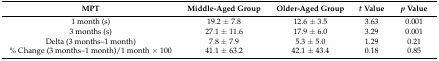
<table><thead><tr><td><b>MPT</b></td><td><b>Middle-Aged Group</b></td><td><b>Older-Aged Group</b></td><td><b><i>t</i> Value</b></td><td><b><i>p</i> Value</b></td></tr></thead><tbody><tr><td>1 month (s)</td><td>19.2 ± 7.8</td><td>12.6 ± 3.5</td><td>3.63</td><td>0.001</td></tr><tr><td>3 months (s)</td><td>27.1 ± 11.6</td><td>17.9 ± 6.0</td><td>3.29</td><td>0.001</td></tr><tr><td>Delta (3 months–1 month)</td><td>7.8 ± 7.9</td><td>5.3 ± 5.0</td><td>1.29</td><td>0.21</td></tr><tr><td>% Change (3 months–1 month)/1 month × 100</td><td>41.1 ± 63.2</td><td>42.1 ± 43.4</td><td>0.18</td><td>0.85</td></tr></tbody></table>